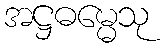
အဋ္ဌဓမ္မေသု